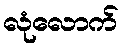
လုံလောက်